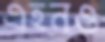
এহনও